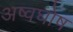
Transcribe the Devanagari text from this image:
अष्वघोष